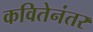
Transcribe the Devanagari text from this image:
कवितेनंतर